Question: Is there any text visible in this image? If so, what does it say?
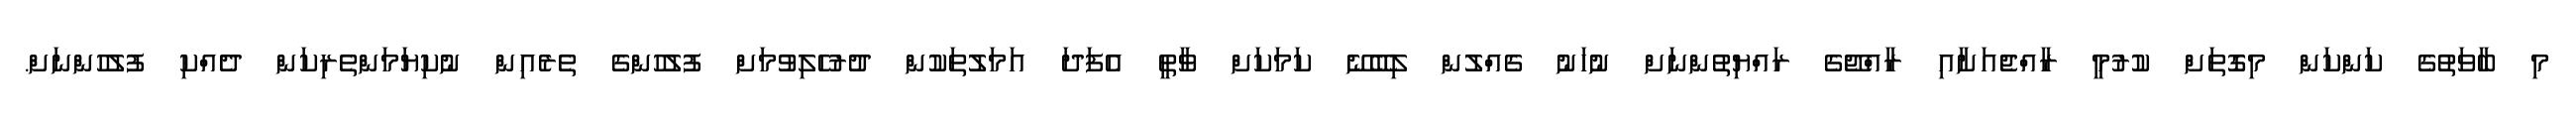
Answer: މި ބާވަތުގެ ކަންކަން މިގޮތަށް ކުރުމީ ރާއްޖެއަށާއި ރާއްޖޭގެ ރައްޔިތުންނަށް ނުހަނު ގެއްލުން ލިބޭނޭ ކަމަކަށް ވާތީ އެފަދަ އަމަލުތަކުން ދުރުހެލިވުމަށް ފުލުހުންގެ ތެރެއިން ނުކިޔަމަންތެރިކަން ދެއްކި ފުލުހުންނަށް.